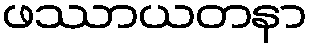
ဖဿာယတနာ